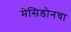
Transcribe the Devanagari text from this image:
मेसिडोनचा